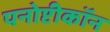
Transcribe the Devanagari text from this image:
पनोप्टीकॉन